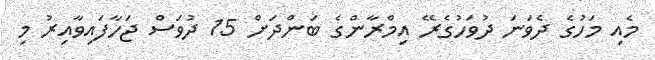
މެއި މަހުގެ ދެވަނަ ދުވަހުގެރޭ އިމްރާންގެ ބަންދަށް 15 ދުވަސް ޖަހާފައިވާއިރު މި